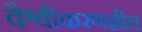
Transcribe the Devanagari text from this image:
वैश्वीकरणशील